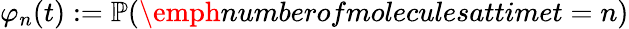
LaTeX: \begin{array}{r}{\varphi_{n}(t):=\mathbb{P}(\emph{numberofmoleculesattimet}=n)}\end{array}